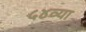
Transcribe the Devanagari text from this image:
५४व्या